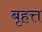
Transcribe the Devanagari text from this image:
बृहत्त